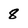
Character: 8